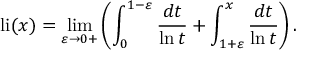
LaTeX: \operatorname { l i } ( x ) = \operatorname* { l i m } _ { \varepsilon \to 0 + } \left( \int _ { 0 } ^ { 1 - \varepsilon } { \frac { d t } { \ln t } } + \int _ { 1 + \varepsilon } ^ { x } { \frac { d t } { \ln t } } \right) .